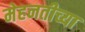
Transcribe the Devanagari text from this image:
मेहनतीच्या